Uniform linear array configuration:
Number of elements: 24
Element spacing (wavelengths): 0.75
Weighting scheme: cosine
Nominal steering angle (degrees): -15
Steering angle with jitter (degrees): -13.695
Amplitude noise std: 0.05
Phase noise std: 0.05

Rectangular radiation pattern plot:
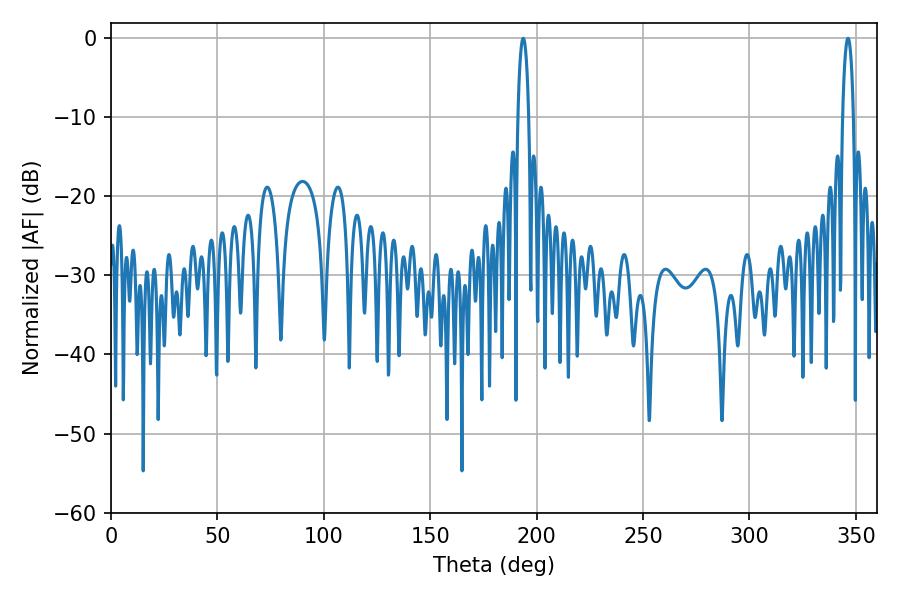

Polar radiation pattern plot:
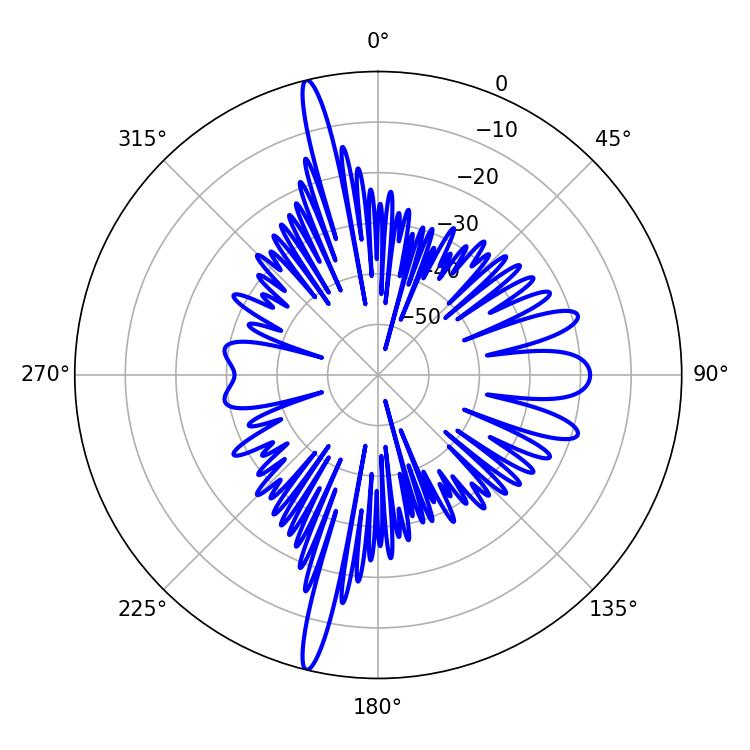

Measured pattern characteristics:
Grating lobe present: TRUE
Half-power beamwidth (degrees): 2.88
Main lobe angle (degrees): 193.68